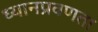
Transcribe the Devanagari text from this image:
ध्यानप्रवणता